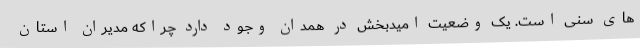
های سنی است. یک وضعیت امیدبخش در همدان وجود دارد چراکه مدیران استان